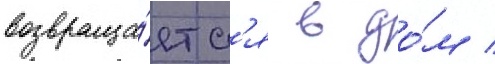
возвраща́етс'я в до́м /